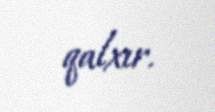
qalxır.